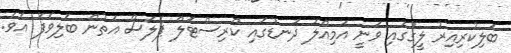
ބަލިކުރިއިރު ލީގުގައި ވަނީ އަމިއްލަ ދަނޑުގައި ކްރިސްޓަލް ޕެލަސް އަތުން ބަލިވެފަ އެވެ.